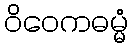
ဝိဝေကဓမ္မံ